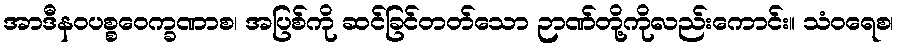
အာဒီနဝပစ္စဝေက္ခဏာစ၊ အပြစ်ကို ဆင်ခြင်တတ်သော ဉာဏ်တို့ကိုလည်းကောင်း။ သံဝရေစ၊